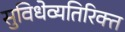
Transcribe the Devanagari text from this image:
सुविधेव्यतिरिक्त